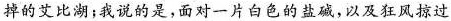
掉的艾比湖；我说的是，面对一片白色的盐碱，以及狂风掠过